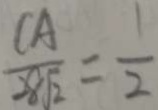
\frac { C A } { 2 8 \sqrt { 2 } } = \frac { 1 } { 2 }